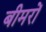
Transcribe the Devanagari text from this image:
बीमरों